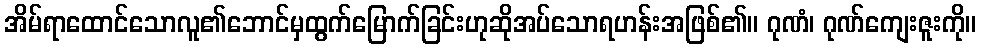
အိမ်ရာထောင်သောလူ၏ဘောင်မှထွက်မြောက်ခြင်းဟုဆိုအပ်သောရဟန်းအဖြစ်၏။ ဂုဏံ၊ ဂုဏ်ကျေးဇူးကို။